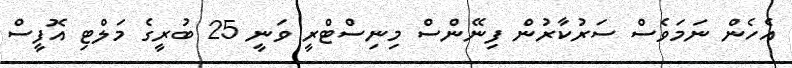
އެހެން ނަމަވެސް ސަރުކާރުން ފިނޭންސް މިނިސްޓްރީ ވަނީ 25 ބުރީގެ މަލްޓި އޮފީސް